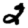
Digit: 2